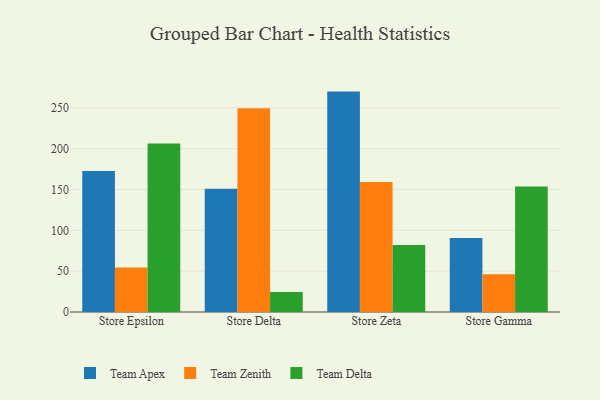
{"axis": {"x": "Store", "y": "Headcount"}, "legend": ["Team Apex", "Team Delta", "Team Zenith"], "data": [{"x": "Store Epsilon", "y": 172.7, "type": "Team Apex"}, {"x": "Store Epsilon", "y": 54.4, "type": "Team Zenith"}, {"x": "Store Epsilon", "y": 206.4, "type": "Team Delta"}, {"x": "Store Delta", "y": 151.0, "type": "Team Apex"}, {"x": "Store Delta", "y": 249.5, "type": "Team Zenith"}, {"x": "Store Delta", "y": 24.6, "type": "Team Delta"}, {"x": "Store Zeta", "y": 269.9, "type": "Team Apex"}, {"x": "Store Zeta", "y": 159.3, "type": "Team Zenith"}, {"x": "Store Zeta", "y": 82.0, "type": "Team Delta"}, {"x": "Store Gamma", "y": 90.5, "type": "Team Apex"}, {"x": "Store Gamma", "y": 46.3, "type": "Team Zenith"}, {"x": "Store Gamma", "y": 153.6, "type": "Team Delta"}]}